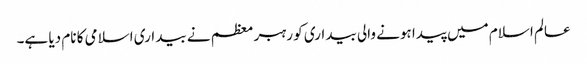
عالم اسلام میں پیدا ہونے والی بیداری کو رہبر معظم نے بیداری اسلامی کا نام دیا ہے۔